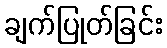
ချက်ပြုတ်ခြင်း